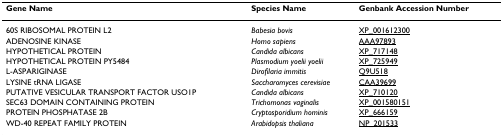
<table><thead><tr><td><b>Gene Name</b></td><td><b>Species Name</b></td><td><b>Genbank Accession Number</b></td></tr></thead><tbody><tr><td>60S RIBOSOMAL PROTEIN L2</td><td><i>Babesia bovis</i></td><td>XP_001612300</td></tr><tr><td>ADENOSINE KINASE</td><td><i>Homo sapiens</i></td><td>AAA97893</td></tr><tr><td>HYPOTHETICAL PROTEIN</td><td><i>Candida albicans</i></td><td>XP_717148</td></tr><tr><td>HYPOTHETICAL PROTEIN PY5484</td><td><i>Plasmodium yoelii yoelii</i></td><td>XP_725949</td></tr><tr><td>L-ASPARIGINASE</td><td><i>Dirofilaria immitis</i></td><td>Q9U518</td></tr><tr><td>LYSINE tRNA LIGASE</td><td><i>Saccharomyces cerevisiae</i></td><td>CAA39699</td></tr><tr><td>PUTATIVE VESICULAR TRANSPORT FACTOR USO1P</td><td><i>Candida albicans</i></td><td>XP_710120</td></tr><tr><td>SEC63 DOMAIN CONTAINING PROTEIN</td><td><i>Trichomonas vaginalis</i></td><td>XP_001580151</td></tr><tr><td>PROTEIN PHOSPHATASE 2B</td><td><i>Cryptosporidium hominis</i></td><td>XP_666159</td></tr><tr><td>WD-40 REPEAT FAMILY PROTEIN</td><td><i>Arabidopsis thaliana</i></td><td>NP_201533</td></tr></tbody></table>